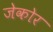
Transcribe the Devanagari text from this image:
जेकोर